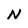
Character: N